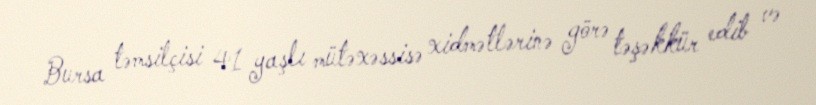
Bursa təmsilçisi 41 yaşlı mütəxəssisə xidmətlərinə görə təşəkkür edib və